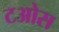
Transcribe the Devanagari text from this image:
टओस